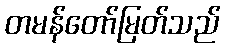
တမန်တော်မြတ်သည်